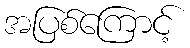
အပြစ်ကြောင့်